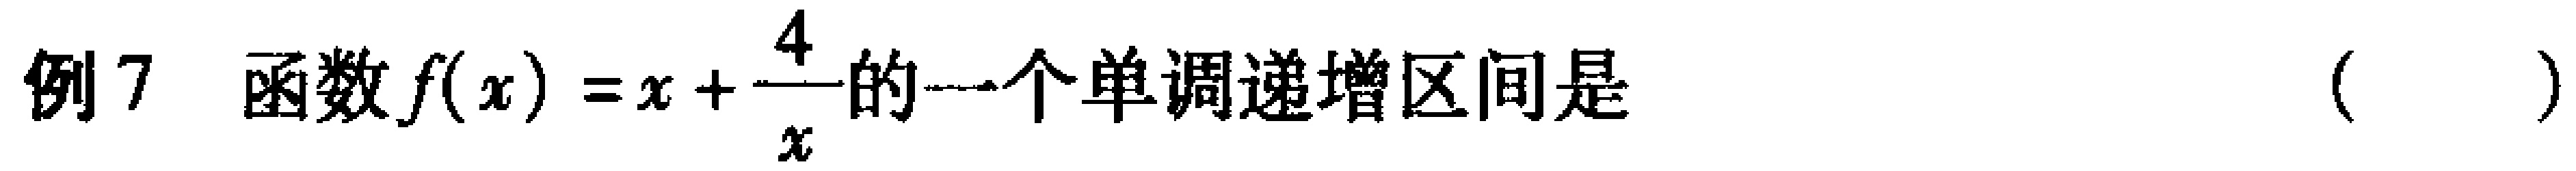
例7 函数\(f(x)=x+\frac{4}{x}\)的一个单调递增区间是 （  ）